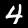
Label: 4